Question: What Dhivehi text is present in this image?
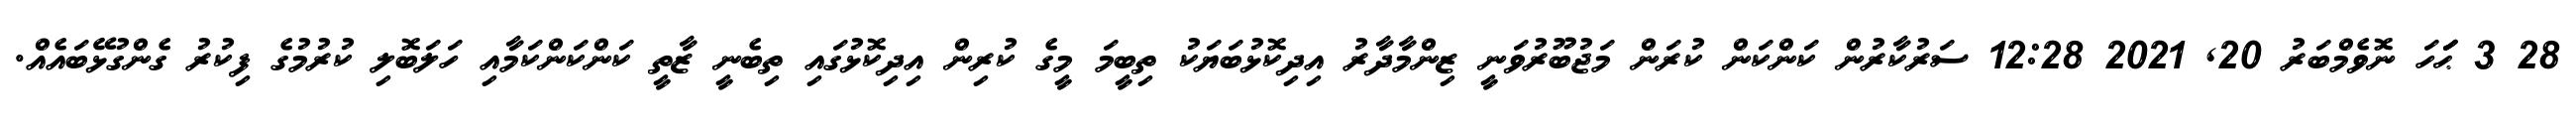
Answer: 28 3 ޙަަަހަ ނޮވެމްބަރު 20, 2021 12:28 ސަރުކާރުން ކަންކަން ކުރަން މަޖުބޫރުވަނީ ޒިންމާދާރު އިދިކޮޅުބަޔަކު ތިބީމަ މީގެ ކުރިން އިދިކޮޅުގައި ތިބެނީ ޒާތީ ކަންކަންކަމާއި ހަލަބޮލި ކުރުމުގެ ފިކުރު ގެންގުޅޭބައެއް.